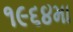
૧૯૬૪મા